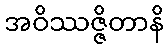
အဝိဿဇ္ဇိတာနိ